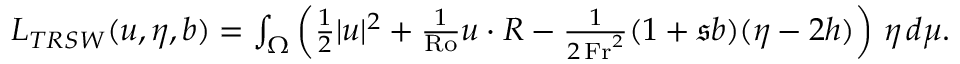
\begin{array} { r } { L _ { T R S W } ( \boldsymbol { u } , \eta , b ) = \int _ { \Omega } \left( \frac { 1 } { 2 } | \boldsymbol { u } | ^ { 2 } + \frac { 1 } { \mathrm { R o } } \boldsymbol { u } \cdot \boldsymbol { R } - \frac { 1 } { 2 \, \mathrm { F r } ^ { 2 } } ( 1 + \mathfrak { s } b ) ( \eta - 2 h ) \right) \, \eta \, d \mu . } \end{array}